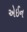
એઈન